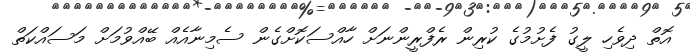
އޮތް ދިވެހި ލީގު ފެށުމުގެ ކުރިން ރެފްރީންނަށް ހާއްސަކޮށްގެން ސެމިނާއެއް ބޭއްވުމަށް މަސައްކަތް